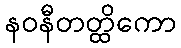
နဝနီတတ္ထိကော